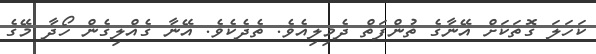
ކަހަލަ ގޮތަކަށް އޭނާގެ ތުންފަތް ދެމިލިއެވެ. ތެދެކެވެ. އޭނާ ގެއްލިގެން ހޯދާ މޭގެ